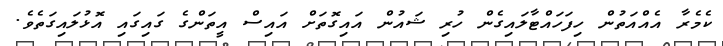
ކެމެރާ އެއްއަތުން ހިފަހައްޓާލައިގެން ހުރި ޝައުން އައިގޮތަށް އައިސް އީތަންގެ ގައިގައި އޮޅުލައިގަތެވެ.